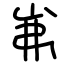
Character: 岪